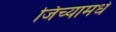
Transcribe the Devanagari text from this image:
जिच्यामधे